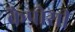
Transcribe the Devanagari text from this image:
कैपोसी